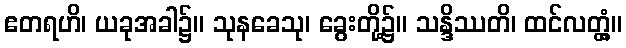
ဧတရဟိ၊ ယခုအခါ၌။ သုနခေသု၊ ခွေးတို့၌။ သန္ဒိဿတိ၊ ထင်လတ္တံ့။